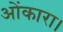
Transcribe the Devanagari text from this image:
ओंकारा।